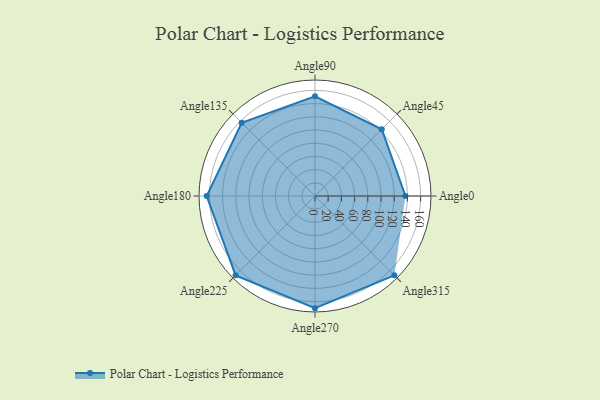
{"axis": {"x": "Angle", "y": "Radius"}, "legend": [""], "data": [{"x": "Angle0", "y": 137.0, "type": ""}, {"x": "Angle45", "y": 143.0, "type": ""}, {"x": "Angle90", "y": 151.0, "type": ""}, {"x": "Angle135", "y": 157.0, "type": ""}, {"x": "Angle180", "y": 164.0, "type": ""}, {"x": "Angle225", "y": 170, "type": ""}, {"x": "Angle270", "y": 170, "type": ""}, {"x": "Angle315", "y": 170, "type": ""}]}